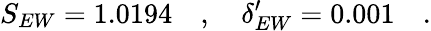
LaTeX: S_{EW}=1.0194\quad,\quad\delta_{EW}^{\prime}=0.001\quad.